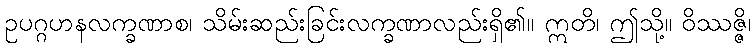
ဥပဂ္ဂဟနလက္ခဏာစ၊ သိမ်းဆည်းခြင်းလက္ခဏာလည်းရှိ၏။ ဣတိ၊ ဤသို့။ ဝိဿဇ္ဇိ၊